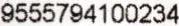
9555794100234